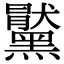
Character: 𪒞